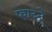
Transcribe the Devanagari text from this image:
फाय्दे